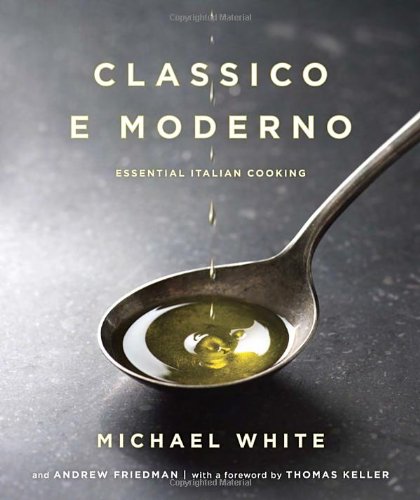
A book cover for Classico e Moderno: Essential Italian Cooking; Michael White; Cookbooks, Food & Wine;